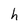
Character: h